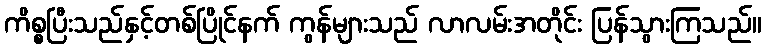
ကိစ္စပြီးသည်နှင့်တစ်ပြိုင်နက် ကွန်များသည် လာလမ်းအတိုင်း ပြန်သွားကြသည်။